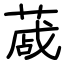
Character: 蒧